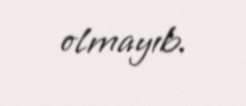
olmayıb.